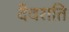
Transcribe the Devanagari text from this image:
दैवराति